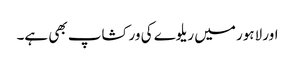
اور لاہور میں ریلوے کی ورکشاپ بھی ہے۔